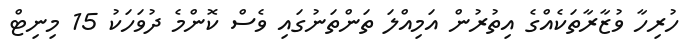
ހުރިހާ ވުޒާރާތަކެއްގެ އިތުރުން އަމިއްލަ ތަންތަނުގައި ވެސް ކޮންމެ ދުވަހަކު 15 މިނިޓް